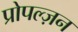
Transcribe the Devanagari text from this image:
प्रोपल्ज़न